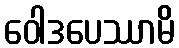
ဝေါဒပေဿာမိ